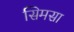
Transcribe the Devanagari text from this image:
सिमसा